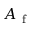
A _ { \mathrm { ~ f ~ } }